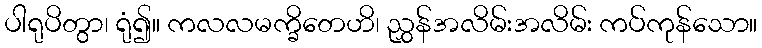
ပါရုပိတွာ၊ ရုံ၍။ ကလလမက္ခိတေဟိ၊ ညွှန်အလိမ်းအလိမ်း ကပ်ကုန်သော။